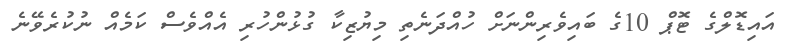
އައިޑޮލްގެ ޓޮޕް 10ގެ ބައިވެރިންނަށް ހުއްދަނެތި މިޔުޒިކާ ގުޅުންހުރި އެއްވެސް ކަމެއް ނުކުރެވޭނެ